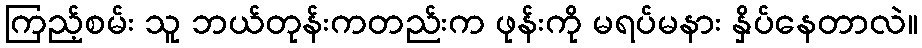
ကြည့်စမ်း သူ ဘယ်တုန်းကတည်းက ဖုန်းကို မရပ်မနား နှိပ်နေတာလဲ။